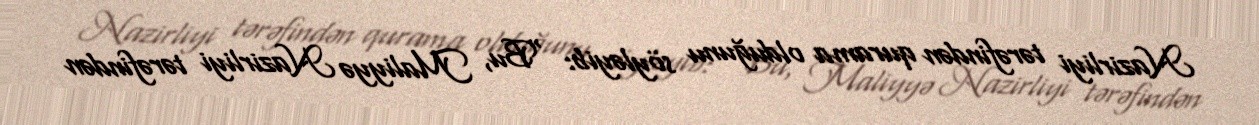
Nazirliyi tərəfindən qurama olduğunu söyləyib: “Bu, Maliyyə Nazirliyi tərəfindən